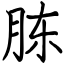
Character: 胨